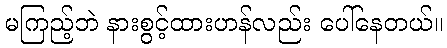
မကြည့်ဘဲ နားစွင့်ထားဟန်လည်း ပေါ်နေတယ်။